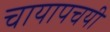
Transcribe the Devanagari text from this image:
चायापचयी